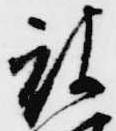
被